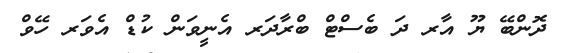
ދޮންބޭ ޔޫ އާރ ދަ ބެސްޓް ބްރާދަރ އެނީވަން ކުޑް އެވަރ ހޭވް